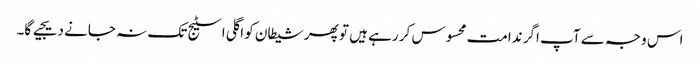
اس وجہ سے آپ اگر ندامت محسوس کر رہے ہیں تو پھر شیطان کو اگلی اسٹیج تک نہ جانے دیجیے گا۔